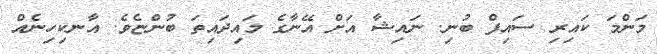
މަންމަ ކައިރި ސައިފް ބުނި. ނައިޝާ އަށް އޭނާގެ މައިދައިތަ ބުންޏެވެ. އާނކިހިނެއް